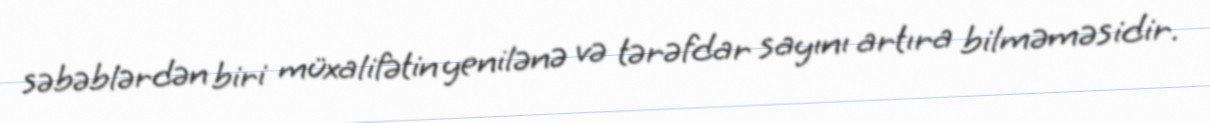
səbəblərdən biri müxalifətin yenilənə və tərəfdar sayını artıra bilməməsidir.